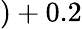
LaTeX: )+0.2